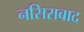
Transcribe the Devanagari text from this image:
नसिराबाद